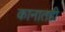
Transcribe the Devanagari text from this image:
कानातही